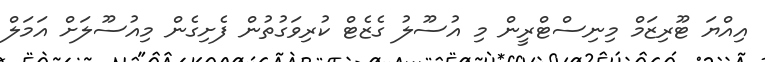
އިއްޔަ ޓޫރިޒަމް މިނިސްޓްރީން މި އުސޫލު ގެޒެޓް ކުރިވަގުތުން ފެށިގެން މިއުސޫލަށް އަމަލް